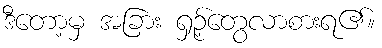
ဒီတော့မှ အခြား ရှဉ့်တွေလာစားရ၏။